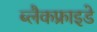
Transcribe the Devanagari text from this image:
ब्लैकफ्राइडे